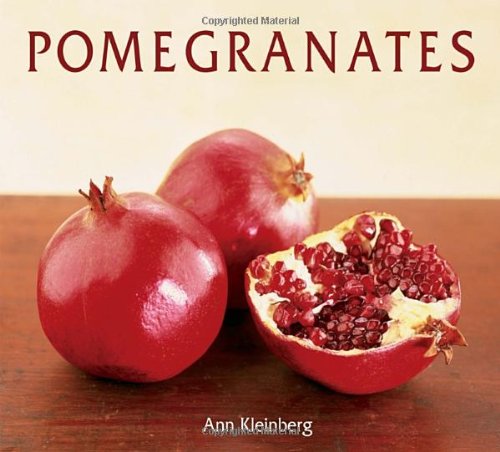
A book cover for Pomegranates: 70 Celebratory Recipes; Ann Kleinberg; Cookbooks, Food & Wine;